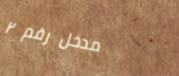
مدخل رقم ٢